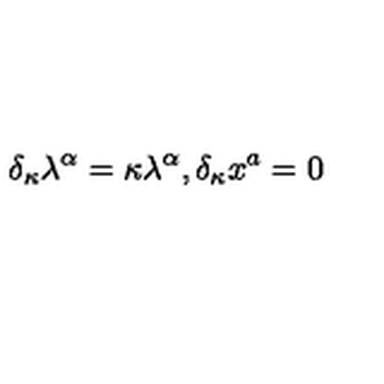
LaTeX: \delta _ { \kappa } \lambda ^ { \alpha } = \kappa \lambda ^ { \alpha } , \delta _ { \kappa } x ^ { a } = 0